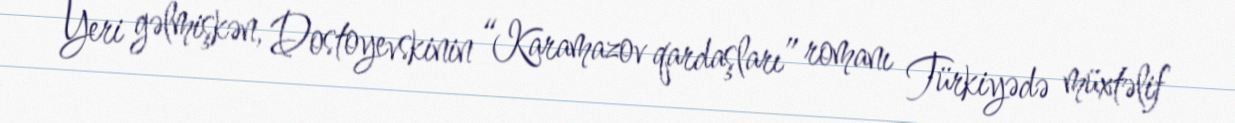
Yeri gəlmişkən, Dostoyevskinin “Karamazov qardaşları” romanı Türkiyədə müxtəlif